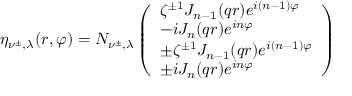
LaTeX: \eta _ { \nu ^ { \pm } , \lambda } ( r , \varphi ) = N _ { \nu ^ { \pm } , \lambda } \left( \begin{array} { l } { { \zeta ^ { \pm 1 } J _ { n - 1 } ( q r ) e ^ { i ( n - 1 ) \varphi } } } \\ { { - i J _ { n } ( q r ) e ^ { i n \varphi } } } \\ { { \pm \zeta ^ { \pm 1 } J _ { n - 1 } ( q r ) e ^ { i ( n - 1 ) \varphi } } } \\ { { \pm i J _ { n } ( q r ) e ^ { i n \varphi } } } \end{array} \right)